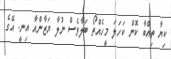
ކިޔާ ތިއްބާ ކޮން ކަހަލަ މީހެއްތޯ ބަލާވެސް ނުލާ ޔަޒާންއާ އިނީ. އޭގެ